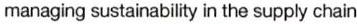
managing sustainability in the supply chain